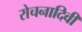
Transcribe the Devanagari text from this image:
रोचनादिवी